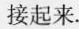
接起来。